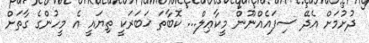
ދުށުމަށް އެދޭ ސިފައެއްނޫން މީކާޢިލް... ކޮބާތަ ޚަބަރަކީ ތިޔައީ އެ މީހުންގެ ގާތަށް